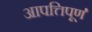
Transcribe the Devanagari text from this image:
आपत्तिपूर्ण